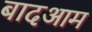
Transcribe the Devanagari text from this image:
बादआम